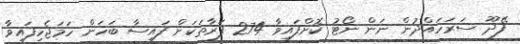
ފޭދޫ ސަރަހައްދުން ނަން ނޯޓު ކޮށްފައިވާ 274 ފަރާތަކަށް ފައިސާ ބަހަން ހަމަޖެހިފައިވާ